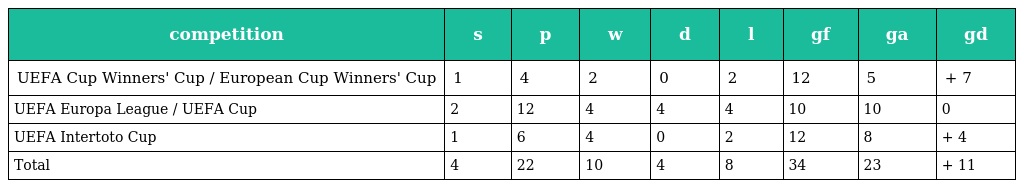
| competition | s | p | w | d | l | gf | ga | gd |
 | --- | --- | --- | --- | --- | --- | --- | --- | --- |
 | UEFA Cup Winners' Cup / European Cup Winners' Cup | 1 | 4 | 2 | 0 | 2 | 12 | 5 | + 7 |
 | UEFA Europa League / UEFA Cup | 2 | 12 | 4 | 4 | 4 | 10 | 10 | 0 |
 | UEFA Intertoto Cup | 1 | 6 | 4 | 0 | 2 | 12 | 8 | + 4 |
 | Total | 4 | 22 | 10 | 4 | 8 | 34 | 23 | + 11 |